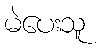
မဲပေးသူ